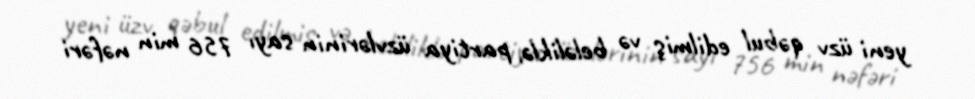
yeni üzv qəbul edilmiş və beləliklə, partiya üzvlərinin sayı 756 min nəfəri